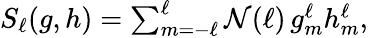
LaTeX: \begin{array}{r}{S_{\ell}(g,h)=\sum_{m=-\ell}^{\ell}\mathcal{N}(\ell)\mathop{g_{m}^{\ell}h_{m}^{\ell}},}\end{array}